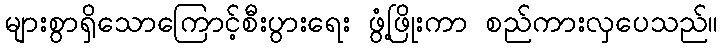
များစွာရှိသောကြောင့်စီးပွားရေး ဖွံ့ဖြိုးကာ စည်ကားလှပေသည်။